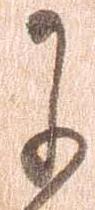
に